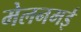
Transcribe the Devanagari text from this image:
मेलनमई